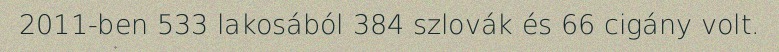
2011-ben 533 lakosából 384 szlovák és 66 cigány volt.